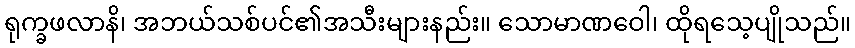
ရုက္ခဖလာနိ၊ အဘယ်သစ်ပင်၏အသီးများနည်း။ သောမာဏဝေါ၊ ထိုရသေ့ပျိုသည်။